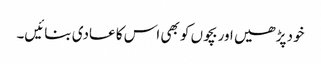
خود پڑھیں اور بچوں کو بھی اس کا عادی بنائیں۔